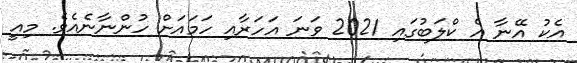
އެކު އޭނާ އެ ކްލަބުގައި 2021 ވަނަ އަހަރާއި ހަމައަށް ހުންނާނެއެވެ. މިއީ